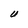
Character: U